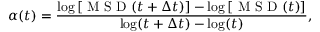
\alpha ( t ) = \frac { \log \left[ \mathrm { ~ M ~ S ~ D ~ } ( t + \Delta t ) \right] - \log \left[ \mathrm { ~ M ~ S ~ D ~ } ( t ) \right] } { \log ( t + \Delta t ) - \log ( t ) } ,